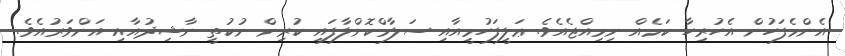
އެންމެފަހުން އެހުރިހާ ކަމެއް ނިމިއްޖެއެވެ. ޢަލީފަހުމީއާއި ސަލާމްކޮށްލާފައި ކުރިން ނުކުތީ ނާޝިދުއާއި އަންވަރުއެވެ.